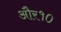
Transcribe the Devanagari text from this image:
और१०